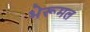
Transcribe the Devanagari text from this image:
भेरूमल